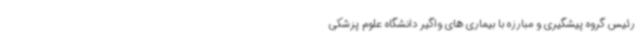
رئیس گروه پیشگیری و مبارزه با بیماری های واگیر دانشگاه علوم پزشکی